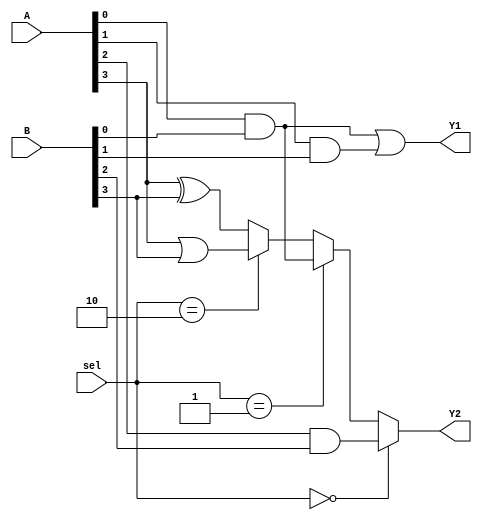
module comb_logic_block(
    input wire [3:0] A,   // 4-bit input A
    input wire [3:0] B,   // 4-bit input B
    input wire [1:0] sel, // Selector for Multiplexer
    output wire Y1,       // Output from Function 1
    output wire Y2        // Output from Function 2
);

// Common logic shared between functions
wire common_logic;

// Example function can be expressed as F1 = A1 AND B1
assign common_logic = A[0] & B[0]; // Common term

// Function 1: Y1 = (A0 AND B0) OR (A1 AND B1)
assign Y1 = common_logic | (A[1] & B[1]);

// Function 2: Y2 = (A2 AND B2) WITH Multiplexing
assign Y2 = (sel == 2'b00) ? (A[2] & B[2]) : // Choose A2 AND B2
            (sel == 2'b01) ? (common_logic) : // Select common logic
            (sel == 2'b10) ? (A[3] | B[3]) : // Choose A3 OR B3
            (A[3] ^ B[3]); // Select A3 XOR B3 for other case

endmodule